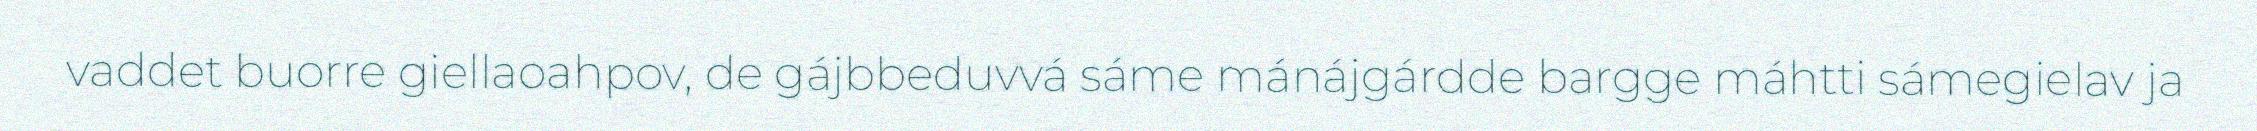
vaddet buorre giellaoahpov, de gájbbeduvvá sáme mánájgárdde bargge máhtti sámegielav ja